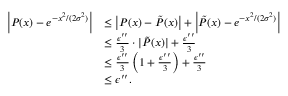
\begin{array} { r l } { \left| P ( x ) - e ^ { - x ^ { 2 } / ( 2 \sigma ^ { 2 } ) } \right| } & { \le \left| P ( x ) - \tilde { P } ( x ) \right| + \left| \tilde { P } ( x ) - e ^ { - x ^ { 2 } / ( 2 \sigma ^ { 2 } ) } \right| } \\ & { \le \frac { \epsilon ^ { \prime \prime } } { 3 } \cdot | \tilde { P } ( x ) | + \frac { \epsilon ^ { \prime \prime } } { 3 } } \\ & { \le \frac { \epsilon ^ { \prime \prime } } { 3 } \left( 1 + \frac { \epsilon ^ { \prime \prime } } { 3 } \right) + \frac { \epsilon ^ { \prime \prime } } { 3 } } \\ & { \le \epsilon ^ { \prime \prime } . } \end{array}